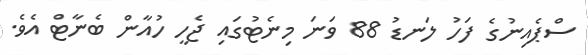
ސްޕެއިނުގެ ފަހު ލަނޑު 88 ވަނަ މިނެޓުގައި ޖެހީ ހުއާން ބެނާޓް އެވެ.